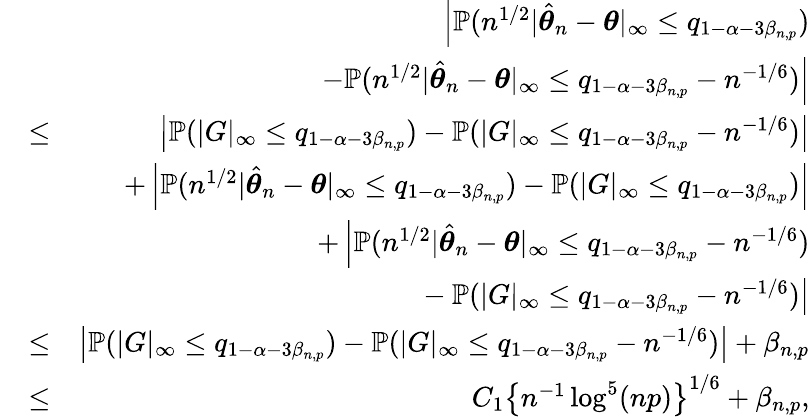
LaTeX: \begin{array}{rlr}&{}&{\left|{\mathbb{P}}(n^{1/2}|\hat{{\boldsymbol\theta}}_{n}-{\boldsymbol\theta}|_{\infty}\leq q_{1-\alpha-3\beta_{n,p}})\right.}\\ &{}&{\left.-{\mathbb{P}}(n^{1/2}|\hat{{\boldsymbol\theta}}_{n}-{\boldsymbol\theta}|_{\infty}\leq q_{1-\alpha-3\beta_{n,p}}-n^{-1/6})\right|}\\ &{\leq}&{\left|{\mathbb{P}}(|G|_{\infty}\leq q_{1-\alpha-3\beta_{n,p}})-{\mathbb{P}}(|G|_{\infty}\leq q_{1-\alpha-3\beta_{n,p}}-n^{-1/6})\right|}\\ &{}&{+\left|{\mathbb{P}}(n^{1/2}|\hat{{\boldsymbol\theta}}_{n}-{\boldsymbol\theta}|_{\infty}\leq q_{1-\alpha-3\beta_{n,p}})-{\mathbb{P}}(|G|_{\infty}\leq q_{1-\alpha-3\beta_{n,p}})\right|}\\ &{}&{+\left|{\mathbb{P}}(n^{1/2}|\hat{{\boldsymbol\theta}}_{n}-{\boldsymbol\theta}|_{\infty}\leq q_{1-\alpha-3\beta_{n,p}}-n^{-1/6})\right.}\\ &{}&{\left.~~~~~~~~~~~~-{\mathbb{P}}(|G|_{\infty}\leq q_{1-\alpha-3\beta_{n,p}}-n^{-1/6})\right|}\\ &{\leq}&{\left|{\mathbb{P}}(|G|_{\infty}\leq q_{1-\alpha-3\beta_{n,p}})-{\mathbb{P}}(|G|_{\infty}\leq q_{1-\alpha-3\beta_{n,p}}-n^{-1/6})\right|+\beta_{n,p}}\\ &{\leq}&{C_{1}\left\{ n^{-1}\log^{5}(np)\right\} ^{1/6}+\beta_{n,p},}\end{array}